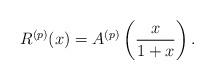
LaTeX: \begin{align*}R^{(p)}(x) = A^{(p)}\left(\frac{x}{1+x}\right).\end{align*}